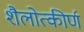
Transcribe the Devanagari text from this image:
शैलोत्कीर्ण